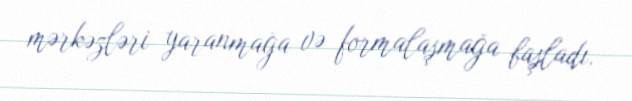
mərkəzləri yaranmağa və formalaşmağa başladı.